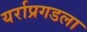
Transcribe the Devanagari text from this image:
यर्राप्रगडला